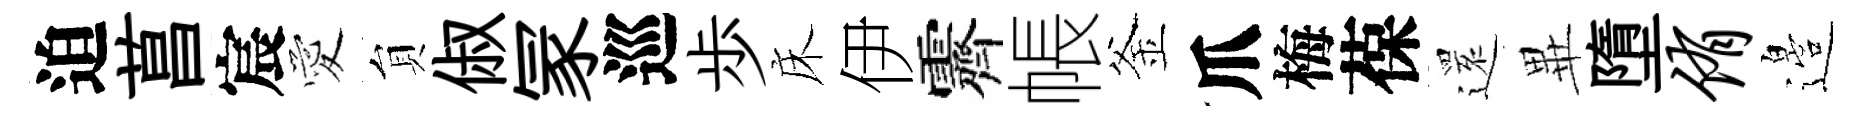
迫菖宸愛貟俶冡巡歩床伊霽帳釜爪梅葆𮟃𭺾墮侑邉